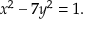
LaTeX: x ^ { 2 } - 7 y ^ { 2 } = 1 .